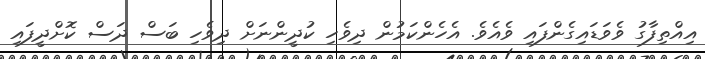
އިއްތިފާގު ވެވަޑައިގެންފައި ވެއެވެ. އެހެންކަމުން ދިވެހި ކުދީންނަށް ދިވެހި ބަސް ދަސް ކޮށްދީފައި